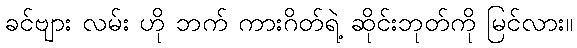
ခင်ဗျား လမ်း ဟို ဘက် ကားဂိတ်ရဲ့ ဆိုင်းဘုတ်ကို မြင်လား။